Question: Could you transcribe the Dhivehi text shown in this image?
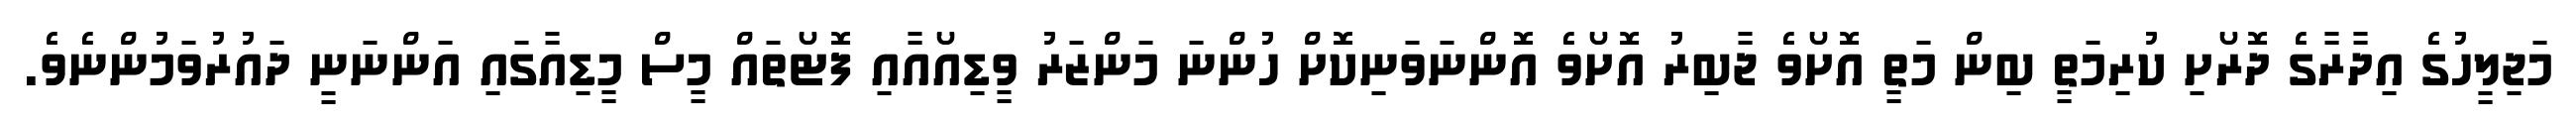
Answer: މަޖިލީހުގެ އިދާރާގެ ދޮރޯށި ކުރިމަތީ ބިން މަތީ އޮށޯވެ ޖާބިރު އޮށޯވެ އޮންނަވަނިކޮށް ހުންނަ މަންޒަރު ވީޑިއޯއާއި ފޮޓޯތައް މީސް މީޑިއާގައި އަންނަނީ ދައުރުވަމުންނެވެ.